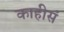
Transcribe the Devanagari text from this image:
काहीसं